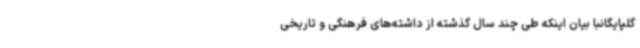
گلپایگانبا بیان اینکه طی چند سال گذشته از داشته‌های فرهنگی و تاریخی